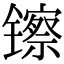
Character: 镲